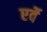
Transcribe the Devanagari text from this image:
एर्वे